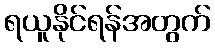
ရယူနိုင်ရန်အတွက်